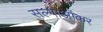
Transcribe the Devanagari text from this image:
सल्गाओंकर